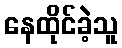
နေထိုင်ခဲ့သူ